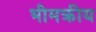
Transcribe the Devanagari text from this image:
भीमक्रीय